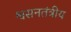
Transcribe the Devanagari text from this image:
श्वसनतंत्रीय